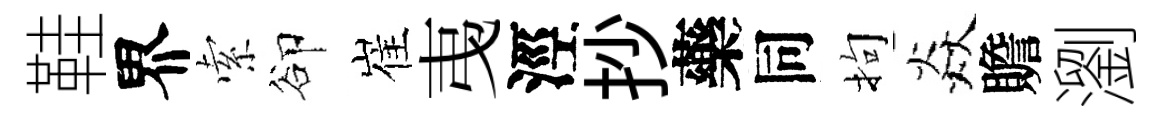
鞋界索卻崔𢎯涇抄藥同拘焱贍瀏